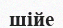
шійе